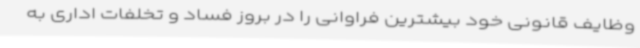
وظایف قانونی خود بیشترین فراوانی را در بروز فساد و تخلفات اداری به